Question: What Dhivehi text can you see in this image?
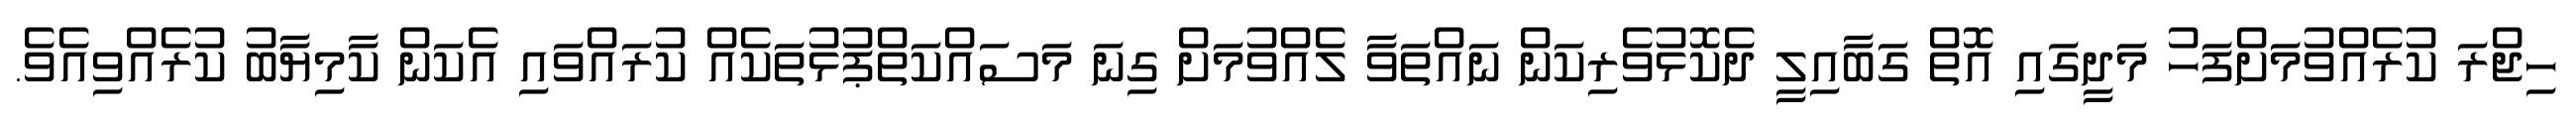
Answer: ހިޖްރަ ކުރެއްވުމަށްފަހު މަދީގައި އޮތް ގަބާއިލީ ދެކޮޅުވެރިކަން ނައްތަވާ ލެއްވުމަށް ގިނަ މަސައްކަތްޕުޅުތަކެއް ކުރައްވައި އެކަން ކާމިޔާބު ކުރެއްވިއެވެ.